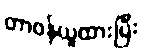
တာဝန်ယူထားပြီး